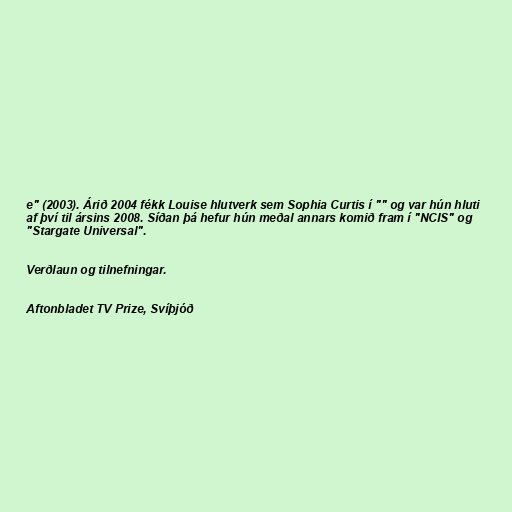
e" (2003). Árið 2004 fékk Louise hlutverk sem Sophia Curtis í "" og var hún hluti
af því til ársins 2008. Síðan þá hefur hún meðal annars komið fram í "NCIS" og
"Stargate Universal".

Verðlaun og tilnefningar.

Aftonbladet TV Prize, Svíþjóð